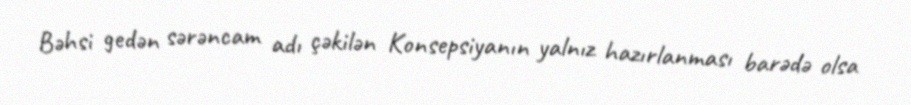
Bəhsi gedən sərəncam adı çəkilən Konsepsiyanın yalnız hazırlanması barədə olsa